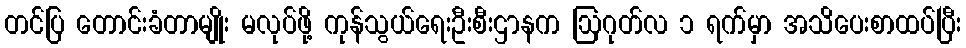
တင်ပြ တောင်းခံတာမျိုး မလုပ်ဖို့ ကုန်သွယ်ရေးဦးစီးဌာနက ဩဂုတ်လ ၁ ရက်မှာ အသိပေးစာထပ်ပြီး